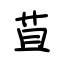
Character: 苴